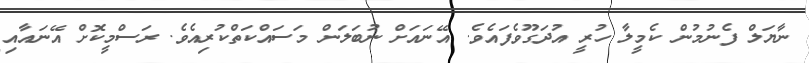
ނާޔަލް ފެނުމުން ކެމީލާ ހުރީ އުދަގޫވެފައެވެ. އޭނައަށް ނުބަލަން މަސައްކަތްކުރިއެވެ. ރަސްމީކޮށް އޭނައާއި